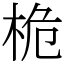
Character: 桅